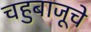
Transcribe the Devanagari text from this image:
चहुबाजूचे